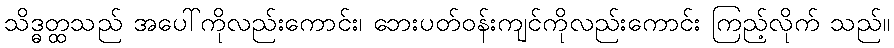
သိဒ္ဓတ္ထသည် အပေါ်ကိုလည်းကောင်း၊ ဘေးပတ်ဝန်းကျင်ကိုလည်းကောင်း ကြည့်လိုက် သည်။